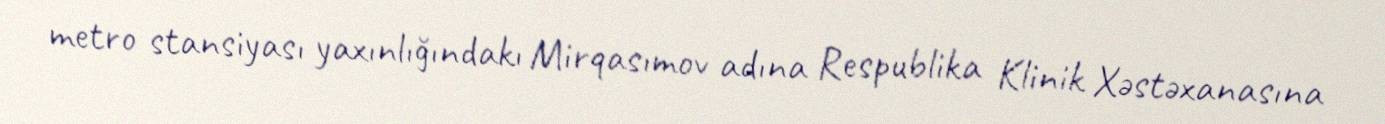
metro stansiyası yaxınlığındakı Mirqasımov adına Respublika Klinik Xəstəxanasına